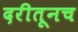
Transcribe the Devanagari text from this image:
दरीतूनच